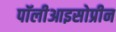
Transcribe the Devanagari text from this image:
पॉलीआइसोप्रीन